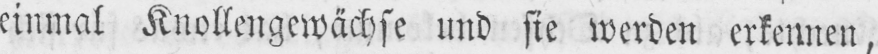
einmal Knollengewächse und sie werden erkennen,